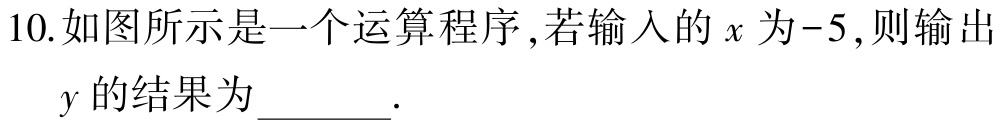
10.如图所示是一个运算程序,若输入的\(x\)为\(-5\),则输出\(y\)的结果为______.